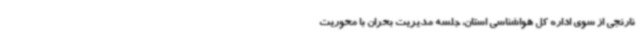
نارنجی از سوی اداره کل هواشناسی استان، جلسه مدیریت بحران با محوریت